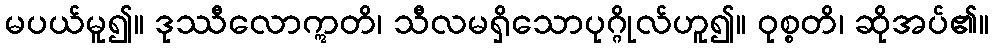
မပယ်မူ၍။ ဒုဿီလောဣတိ၊ သီလမရှိသောပုဂ္ဂိုလ်ဟူ၍။ ဝုစ္စတိ၊ ဆိုအပ်၏။